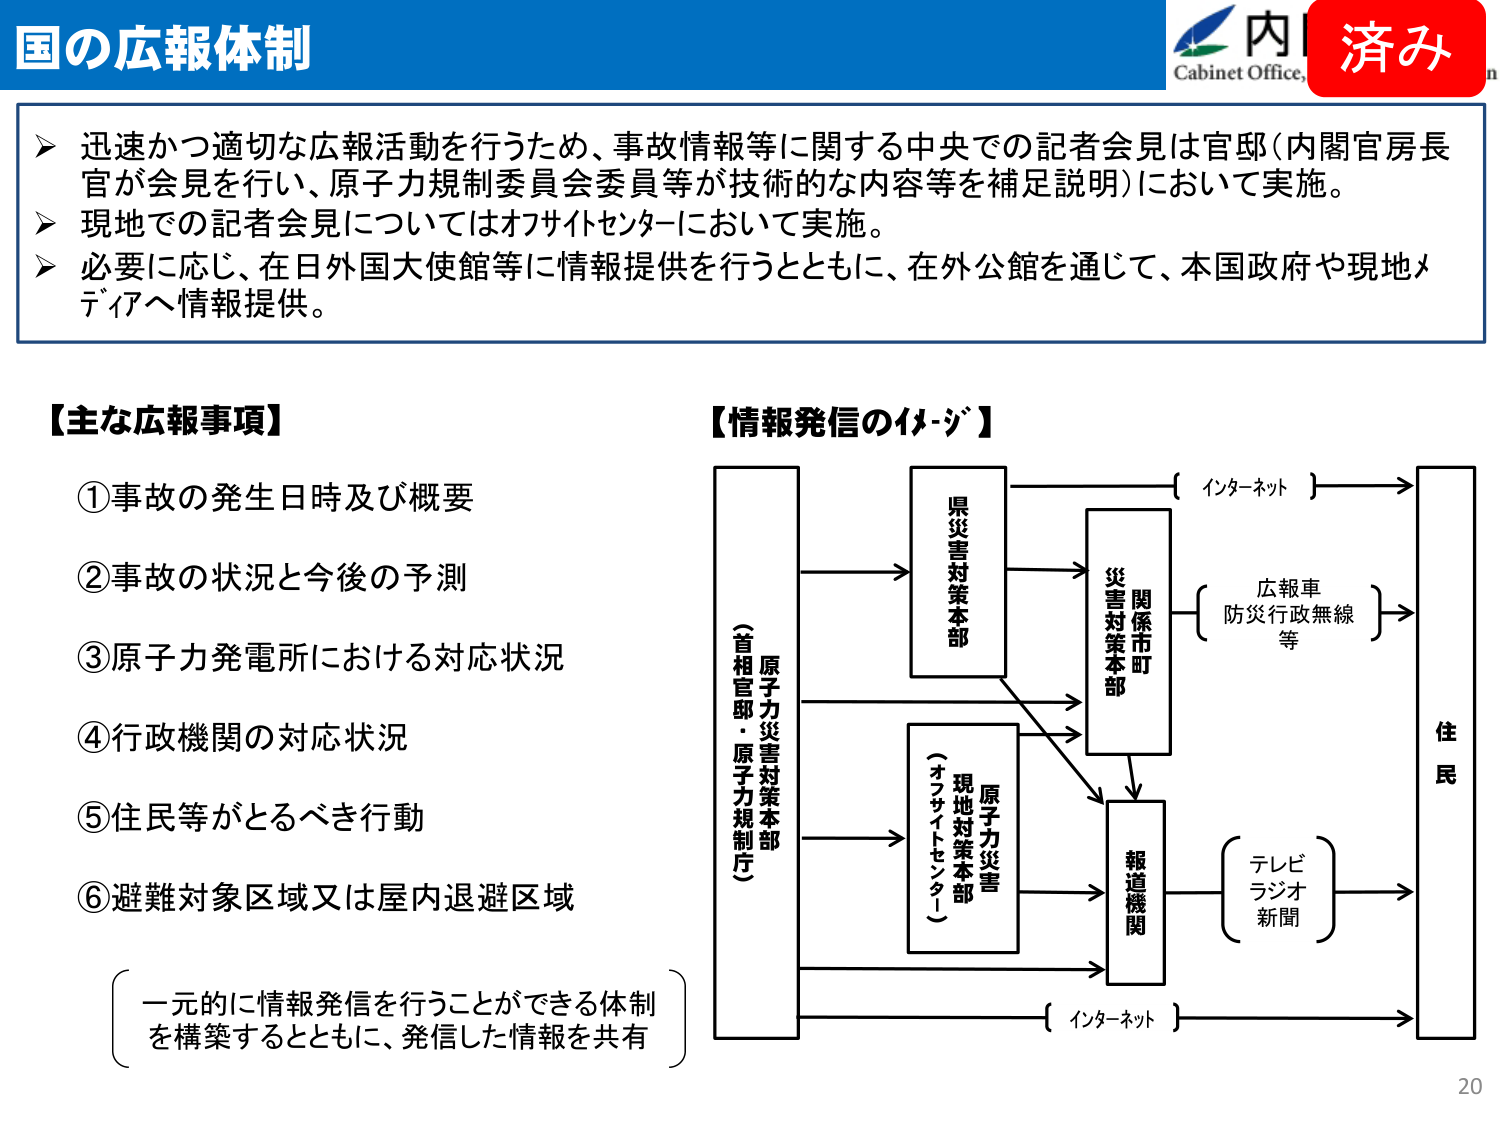
国の広報体制

▶ 迅速かつ適切な広報活動を行うため、事故情報等に関する中央での記者会見は官邸（内閣官房長官が会見を行い、原子力規制委員会委員等が技術的な内容等を補足説明）において実施。
▶ 現地での記者会見についてはオフサイトセンターにおいて実施。
▶ 必要に応じ、在日外国大使館等に情報提供を行うとともに、在外公館を通じて、本国政府や現地メディアへ情報提供。

【主な広報事項】
①事故の発生日時及び概要
②事故の状況と今後の予測
③原子力発電所における対応状況
④行政機関の対応状況
⑤住民等がとるべき行動
⑥避難対象区域又は屋内退避区域

（一元的に情報発信を行うことができる体制を構築するとともに、発信した情報を共有）

【情報発信のイメージ】

（首相官邸・原子力規制庁）
　　　　↓
　　　　原子力災害対策本部
　　　　↓
　　　　県災害対策本部
　　　　↓
　　　　関係市町
　　　　↓
　　　　災害対策本部
　　　　↓
　　　　報道機関
　　　　↓
　　　　住民

　　　　（インターネット）
　　　　↓
　　　　住民

　　　　（広報車
　　　　防災行政無線
　　　　等）
　　　　↓
　　　　住民

　　　　（テレビ
　　　　ラジオ
　　　　新聞）
　　　　↓
　　　　住民

　　　　（インターネット）
　　　　↓
　　　　住民

　　　　原子力災害
　　　　現地対策本部
　　　　（オフサイトセンター）

Cabinet Office
内
済み

20